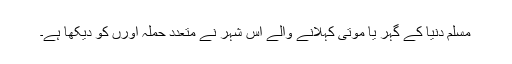
مسلم دنیا کے گہر یا موتی کہلانے والے اس شہر نے متعدد حملہ آورں کو دیکھا ہے۔